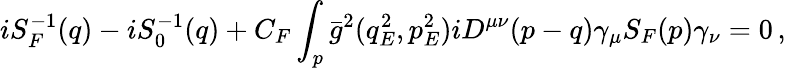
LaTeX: iS_{F}^{-1}(q)-iS_{0}^{-1}(q)+C_{F}\int_{p}\bar{g}^{2}(q_{E}^{2},p_{E}^{2})iD^{\mu\nu}(p-q)\gamma_{\mu}S_{F}(p)\gamma_{\nu}=0\, ,